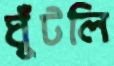
ঘুঁটলি